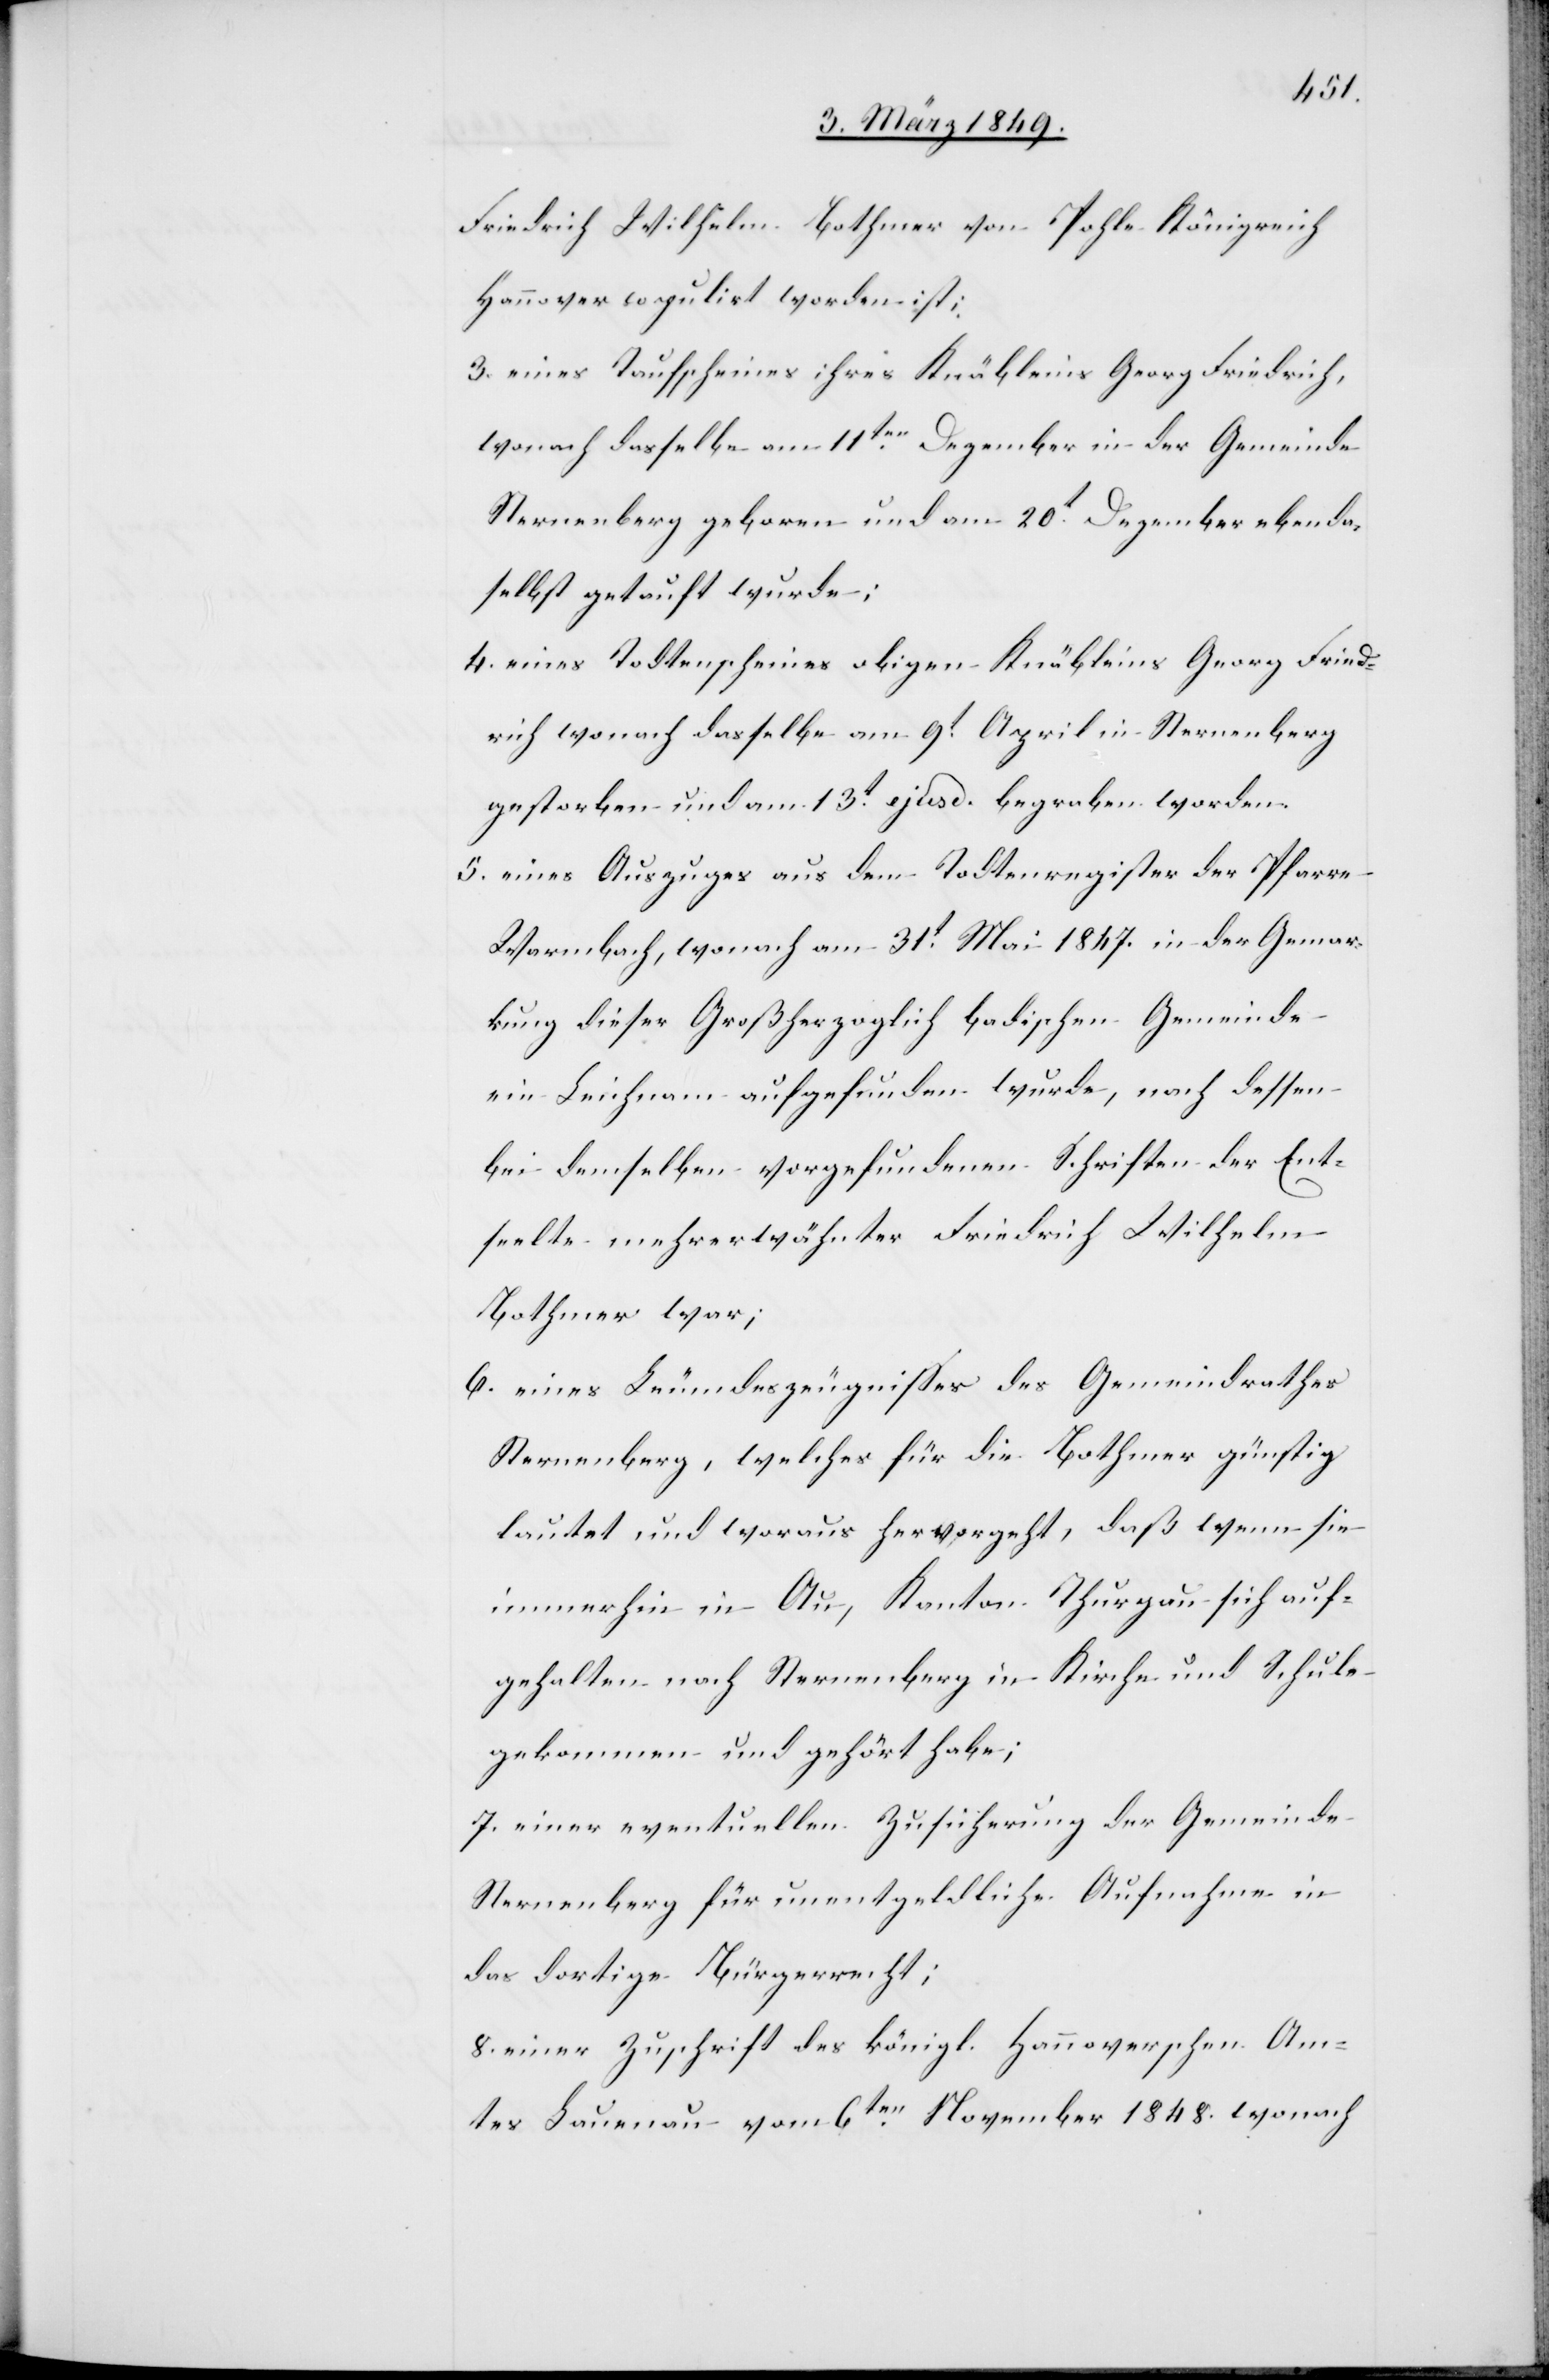
Friedrich Wilhelm Bothmer von Pohle Königreich
Hannover copulirt worden ist;
3. eines Taufscheines ihres Knäbleins Georg Friedrich,
wonach dasselbe am 11ten. Dezember in der Gemeinde
Sternenberg geboren und am 20t. Dezember ebenda¬
selbst getauft wurde;
4. eines Todtenscheines obigen Knäbleins Georg Fried¬
rich wonach dasselbe am 9t. April in Sternenberg
gestorben und am 13t. ejusd. begraben worden.
5. eines Auszuges aus dem Todtenregister der Pfarre
Warmbach, wonach am 31t. Mai 1847. in der Gemar¬
kung dieser Großherzoglich badischen Gemeinde
ein Leichnam aufgefunden wurde, nach dessen
bei demselben vorgefundenen Schriften der Ent¬
seelte mehrerwähnter Friedrich Wilhelm
Bothmer war;
6. eines Leumdeszeugnisses des Gemeindrathes
Sternenberg, welches für die Bothmer günstig
lautet und woraus hervorgeht, daß wenn sie
immerhin in Au, Kanton Thurgau sich auf¬
gehalten nach Sternenberg in Kirche und Schule
gekommen und gehört habe;
7. einer eventuellen Zusicherung der Gemeinde
Sternenberg für unentgeldliche Aufnahme in
das dortige Bürgerrecht;
8. einer Zuschrift des königl. Hannoverschen Am¬
tes Lauenau vom 6ten. November 1848. wonach